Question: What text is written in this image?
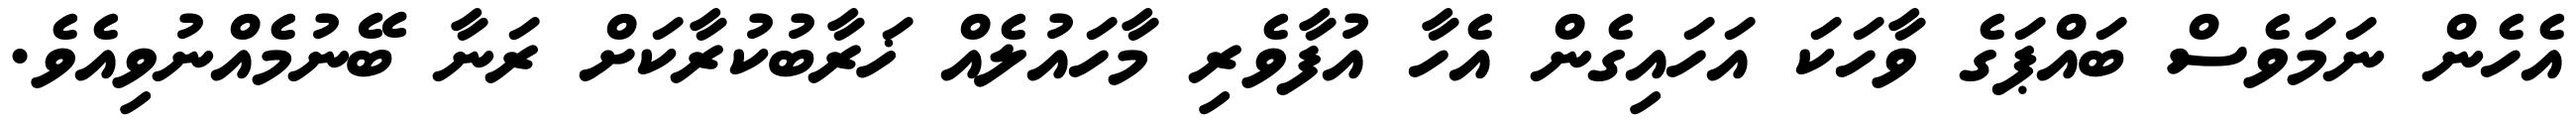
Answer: އެހެން ނަމަވެސް ބައްޕަގެ ވާހަކަ އަހައިގެން އެހާ އުފާވެރި މާހައުލެއް ޚަރާބުކުރާކަށް ރަނާ ބޭނުމެއްނުވިއެވެ.